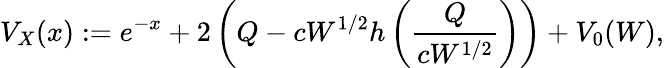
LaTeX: V_{X}(x):=e^{-x}+2\left(Q-cW^{1/2}h\left(\frac{Q}{cW^{1/2}}\right)\right)+V_{0}(W),